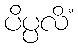
ပိပ္ပလိံ